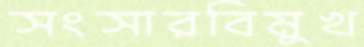
সংসারবিমুখ